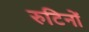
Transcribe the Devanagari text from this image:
रुटिनों